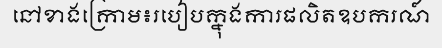
នៅខាងក្រោម៖របៀបក្នុងការផលិតឧបករណ៍